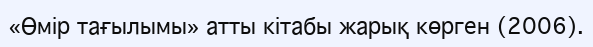
«Өмір тағылымы» атты кітабы жарық көрген (2006).